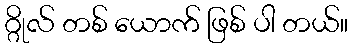
ဂ္ဂိုလ် တစ် ယောက် ဖြစ် ပါ တယ်။